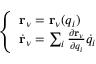
\left\{ \begin{array} { l l } { \mathbf { r } _ { \nu } = \mathbf { r } _ { \nu } ( q _ { i } ) } \\ { \dot { \mathbf { r } } _ { \nu } = \sum _ { i } \frac { \partial \mathbf { r } _ { \nu } } { \partial q _ { i } } \dot { q } _ { i } } \end{array} \right.